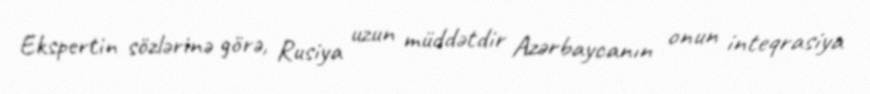
Ekspertin sözlərinə görə, Rusiya uzun müddətdir Azərbaycanın onun inteqrasiya